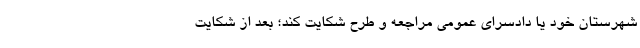
شهرستان خود یا دادسرای عمومی مراجعه و طرح شکایت کند؛ بعد از شکایت